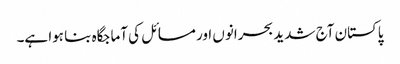
پاکستان آج شدید بحرانوں اور مسائل کی آماجگاہ بنا ہوا ہے۔